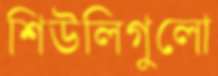
শিউলিগুলো